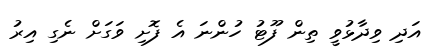
އަދި ވިދާޅުވީ ތިން ފޫޓު ހުންނަ އެ ފޮށި ވަގަށް ނެގި އިރު